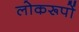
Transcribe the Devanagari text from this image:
लोकरूपों